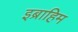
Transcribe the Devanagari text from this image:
इब्राहिम